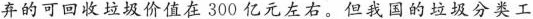
弃的可回收垃圾价值在300亿左右。但我国的垃圾分类工